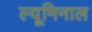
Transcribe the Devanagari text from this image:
ल्यूमिनाल